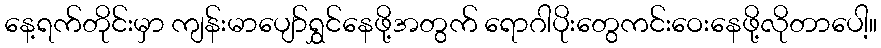
နေ့ရက်တိုင်းမှာ ကျန်းမာပျော်ရွှင်နေဖို့အတွက် ရောဂါပိုးတွေကင်းဝေးနေဖို့လိုတာပေါ့။